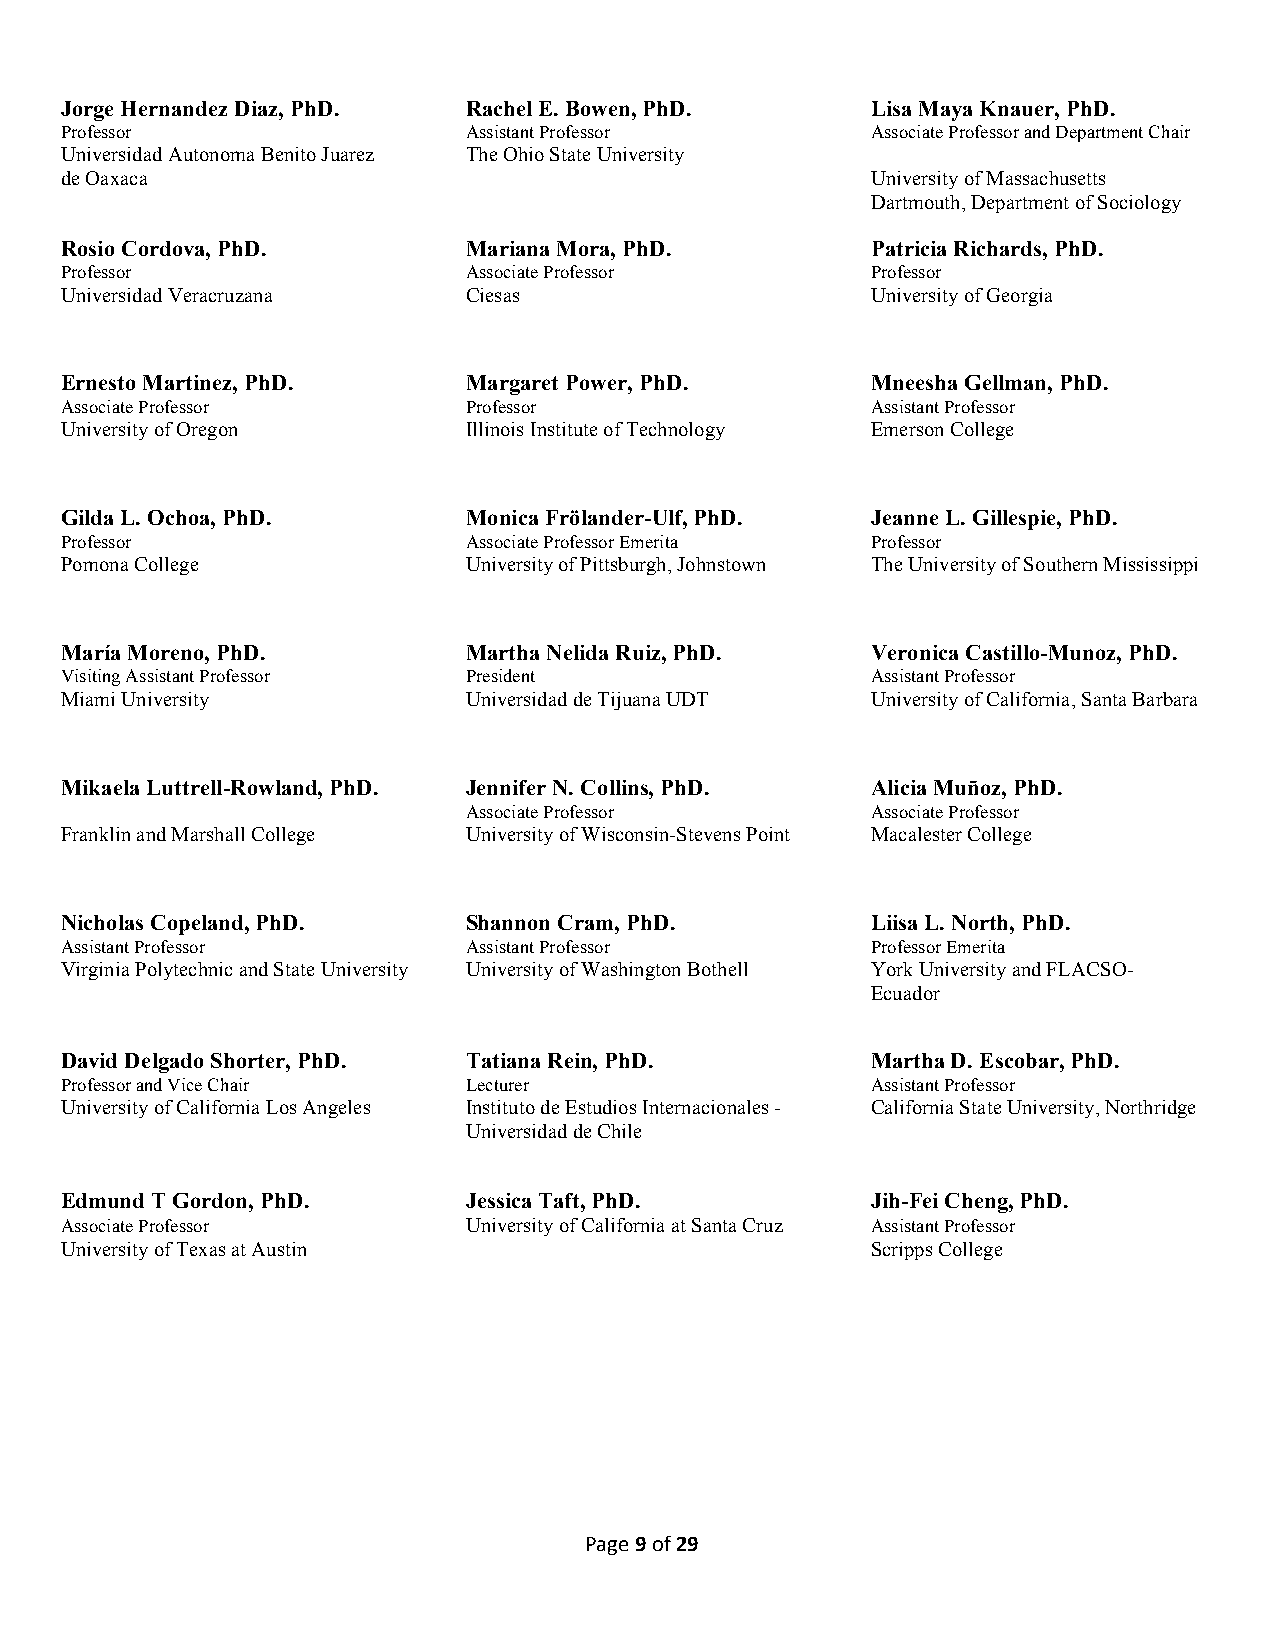
Jorge Hernandez Diaz, PhD. Rachel E. Bowen, PhD.      Lisa Maya Knauer, PhD.
 Professor                  Assistant Professor        Associate Professor and Department Chair
 Universidad Autonoma Benito Juarez The Ohio State University
 de Oaxaca                                             University of Massachusetts
 Dartmouth, Department of Sociology
 Rosio Cordova, PhD.        Mariana Mora, PhD.         Patricia Richards, PhD.
 Professor                  Associate Professor        Professor
 Universidad Veracruzana    Ciesas                     University of Georgia
 Ernesto Martinez, PhD.     Margaret Power, PhD.       Mneesha Gellman, PhD.
 Associate Professor        Professor                  Assistant Professor
 University of Oregon       Illinois Institute of Technology Emerson College
 Gilda L. Ochoa, PhD.       Monica Frölander-Ulf, PhD. Jeanne L. Gillespie, PhD.
 Professor                  Associate Professor Emerita Professor
 Pomona College             University of Pittsburgh, Johnstown The University of Southern Mississippi
 María Moreno, PhD.         Martha Nelida Ruiz, PhD.   Veronica Castillo-Munoz, PhD.
 Visiting Assistant Professor President                Assistant Professor
 Miami University           Universidad de Tijuana UDT University of California, Santa Barbara
 Mikaela Luttrell-Rowland, PhD. Jennifer N. Collins, PhD. Alicia Muñoz, PhD.
 Associate Professor        Associate Professor
 Franklin and Marshall College University of Wisconsin-Stevens Point Macalester College
 Nicholas Copeland, PhD.    Shannon Cram, PhD.         Liisa L. North, PhD.
 Assistant Professor        Assistant Professor        Professor Emerita
 Virginia Polytechnic and State University University of Washington Bothell York University and FLACSO-
 Ecuador
 David Delgado Shorter, PhD. Tatiana Rein, PhD.        Martha D. Escobar, PhD.
 Professor and Vice Chair   Lecturer                   Assistant Professor
 University of California Los Angeles Instituto de Estudios Internacionales - California State University, Northridge
 Universidad de Chile
 Edmund T Gordon, PhD.      Jessica Taft, PhD.         Jih-Fei Cheng, PhD.
 Associate Professor        University of California at Santa Cruz Assistant Professor
 University of Texas at Austin                         Scripps College
 Page 9 of 29